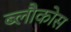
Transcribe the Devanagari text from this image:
ब्लौकोस